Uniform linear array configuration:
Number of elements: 32
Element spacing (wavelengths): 1
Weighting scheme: binomial
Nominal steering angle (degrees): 60
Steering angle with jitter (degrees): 58.491
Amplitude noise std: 0.05
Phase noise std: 0.05

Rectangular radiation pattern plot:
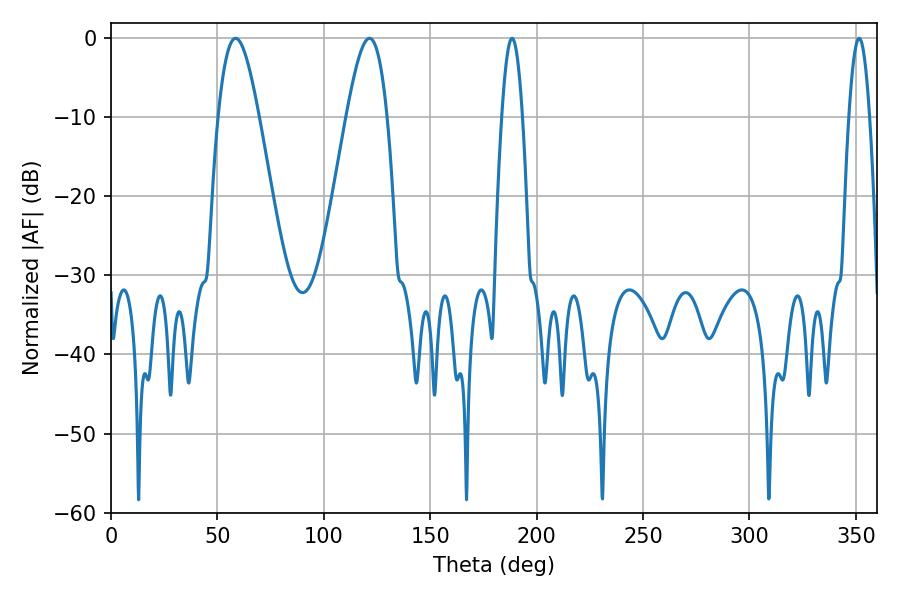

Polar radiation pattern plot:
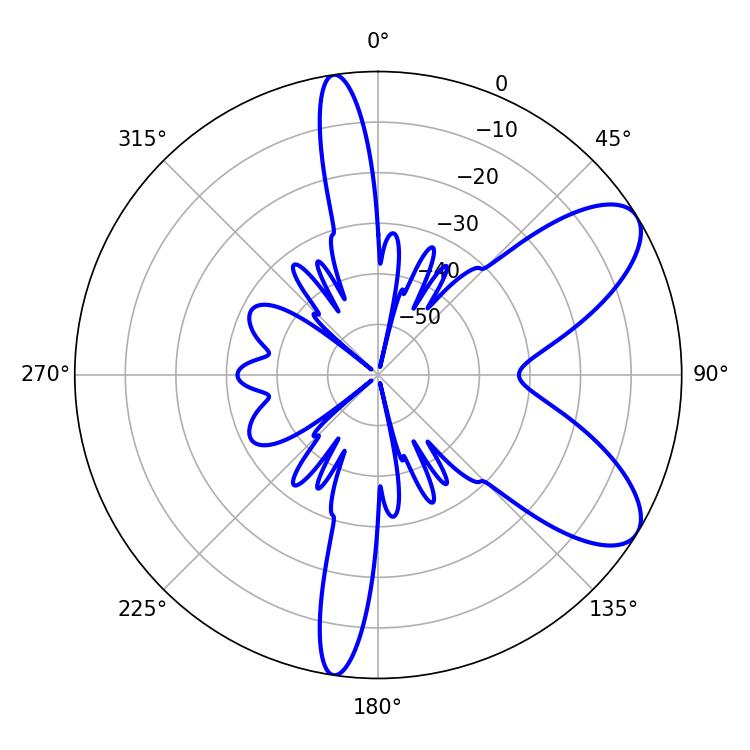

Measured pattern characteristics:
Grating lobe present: TRUE
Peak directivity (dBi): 8.13
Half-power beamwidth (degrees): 5.4
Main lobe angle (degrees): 188.46